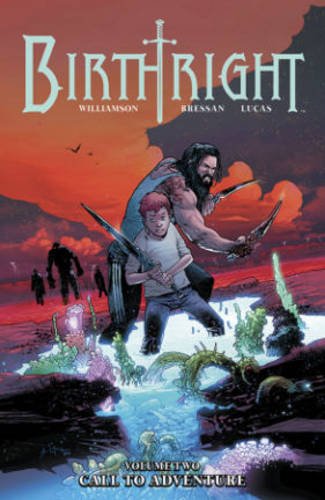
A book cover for Birthright Volume 2: Call to Adventure (Birthright Tp); Joshua Williamson; Comics & Graphic Novels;